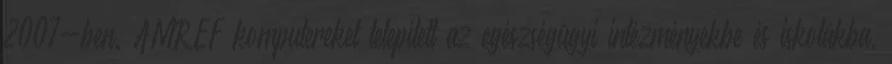
2007-ben. AMREF komputereket telepített az egészségügyi intézményekbe és iskolákba,